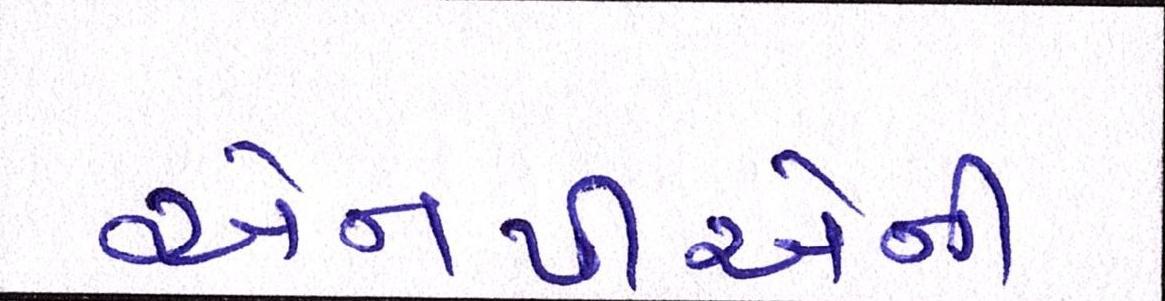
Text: એનપીએની